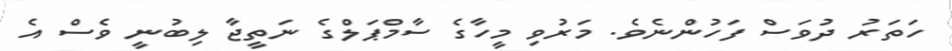
ހަތަރު ދުވަސް ފަހުންނެވެ. މަރުވި މީހާގެ ސާމްޕަލްގެ ނަތީޖާ ލިބުނީ ވެސް އެ